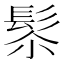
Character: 𩬯